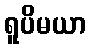
ရူပိမယာ